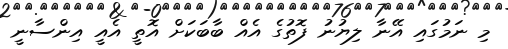
މި ނަމުގައި އޭނާ ލިޔުނު ފޮތުގެ އެއް ބާބަކަށް އޮތީ އެއީ އިންސާނީ